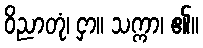
ဝိညာတုံ၊ ငှာ။ သက္ကာ၊ ၏။